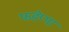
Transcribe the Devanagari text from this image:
फडेप्पा